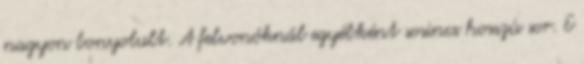
nagyon bonyolult. A felvonóknál egyébként sosincs hosszú sor. E